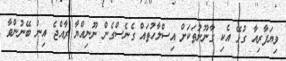
ވިޔަފާރިއާ ގުޅޭ އެކި ގާނޫނުތަކަށް އިސްލާހުތައް ގެނެސްގެން ނޫނިއްޔާ ރާއްޖެ އިން ބޭނުންވާ